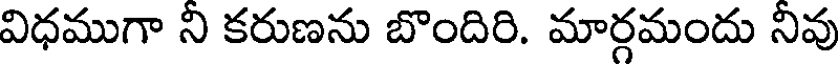
విధముగా ని కరుణను బొందిరి. మార్గమందు నివు